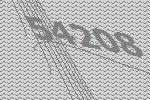
54208